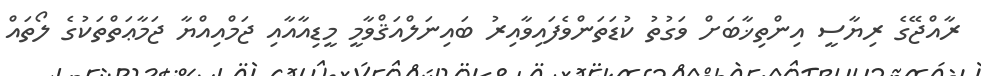
ރާއްޖޭގެ ރިޔާސީ އިންތިޚާބަށް ވަގުތު ކުޑަތަންވެފައިވާއިރު ބައިނަލްއަޤްވާމީ މީޑިއާއާއި ޖަމްއިއްޔާ ޖަމާޢަތްތަކުގެ ލޯތައް